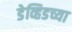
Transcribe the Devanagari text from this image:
डेव्हिडच्या